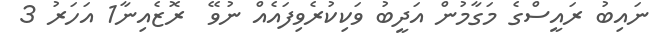
ނައިބު ރައީސްގެ މަގާމުން އަދީބު ވަކިކުރެވިފައެއް ނުވޭ  ރޮޒެއިނާ1 އަހަރު 3